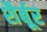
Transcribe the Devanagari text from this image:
शैर्बूर